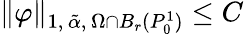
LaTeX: \| \varphi\| _{1,\, \tilde{\alpha},\, \Omega\cap B_{r}(P_{0}^{1})}\leq C